画像に写った文字を読んでください
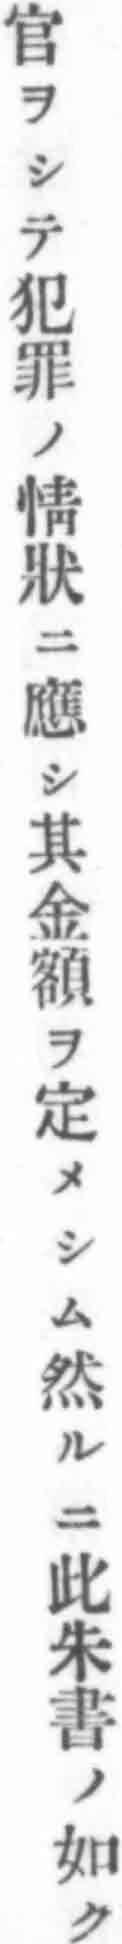
「官ヲシテ犯罪ノ情狀ニ應シ其金額ヲ定メシム然ルニ此朱書ノ如ク」と書いてあります